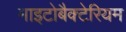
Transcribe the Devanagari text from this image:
माइटोबैक्टेरियम